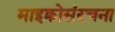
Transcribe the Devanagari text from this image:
माइक्रोसंरचना